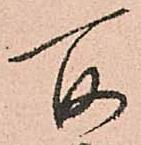
所